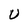
Character: U